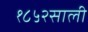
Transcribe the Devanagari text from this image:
१८५२साली